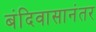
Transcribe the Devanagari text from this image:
बंदिवासानंतर